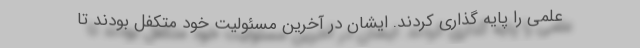
علمی را پایه گذاری کردند. ایشان در آخرین مسئولیت خود متکفل بودند تا